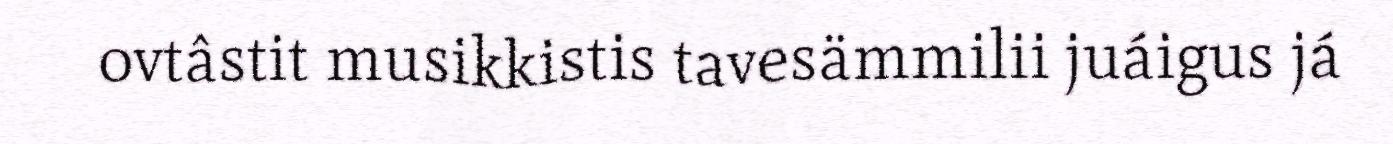
ovtâstit musikkistis tavesämmilii juáigus já